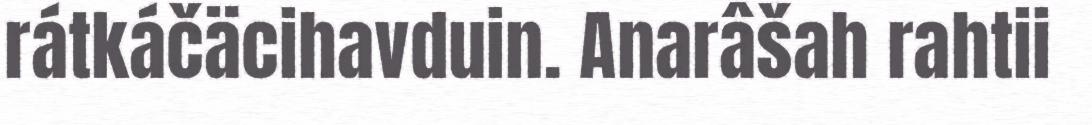
rátkáčäcihavduin. Anarâšah rahtii